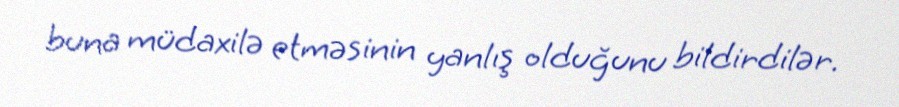
buna müdaxilə etməsinin yanlış olduğunu bildirdilər.